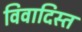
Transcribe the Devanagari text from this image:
विवादिस्त